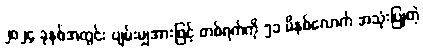
၂၀၂၄ ခုနှစ်အတွင်း ပျမ်းမျှအားဖြင့် တစ်ရက်ကို ၅၁ မိနစ်လောက် အသုံးပြုတဲ့